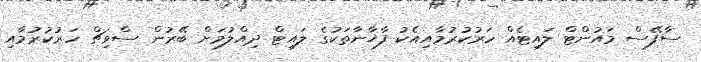
ސާފޭސް މައުންޓް ލައިޓެއް ހަރުކުރުމާއިއެކު ފާޚާނާތަކުގެ ލައިޓް ދިއްލުމަށް ބޭރުން ސްވިޗް ހަރުކުރުމާއި